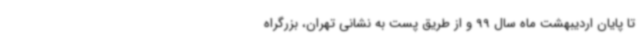
تا پایان اردیبهشت ماه سال 99 و از طریق پست به نشانی تهران، بزرگراه